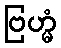
ဗြဟ္မံ